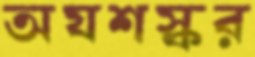
অযশস্কর